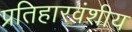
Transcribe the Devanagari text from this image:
प्रतिहारवंशीय